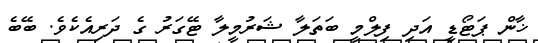
ޚާން ޕަޓޯޑީ އަދި ފިލްމީ ބަތަލާ ޝަރުމީލާ ޓޭގަރު ގެ ދަރިއެކެވެ. ބޭބެ